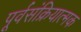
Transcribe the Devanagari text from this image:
पूर्वसंक्रियात्मक